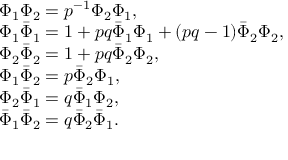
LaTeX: \begin{array} { l } { { \Phi _ { 1 } \Phi _ { 2 } = p ^ { - 1 } \Phi _ { 2 } \Phi _ { 1 } , } } \\ { { \Phi _ { 1 } \bar { \Phi } _ { 1 } = 1 + p q \bar { \Phi } _ { 1 } \Phi _ { 1 } + ( p q - 1 ) \bar { \Phi } _ { 2 } \Phi _ { 2 } , } } \\ { { \Phi _ { 2 } \bar { \Phi } _ { 2 } = 1 + p q \bar { \Phi } _ { 2 } \Phi _ { 2 } , } } \\ { { \Phi _ { 1 } \bar { \Phi } _ { 2 } = p \bar { \Phi } _ { 2 } \Phi _ { 1 } , } } \\ { { \Phi _ { 2 } \bar { \Phi } _ { 1 } = q \bar { \Phi } _ { 1 } \Phi _ { 2 } , } } \\ { { \bar { \Phi } _ { 1 } \bar { \Phi } _ { 2 } = q \bar { \Phi } _ { 2 } \bar { \Phi } _ { 1 } . } } \end{array}